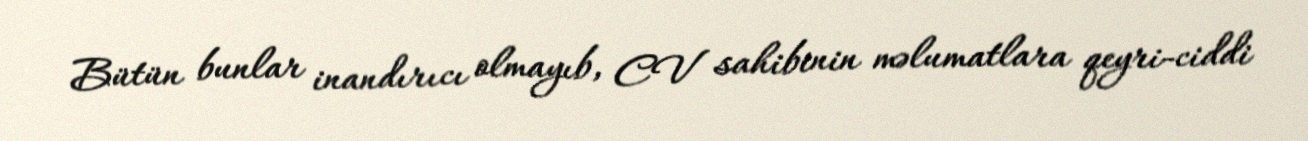
Bütün bunlar inandırıcı olmayıb, CV sahibinin məlumatlara qeyri-ciddi